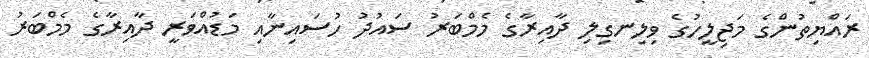
ރައްޔިތުންގެ މަޖިލީހުގެ ވިލިނގިލި ދާއިރާގެ މެމްބަރު ސައުދު ހުސައިނާއި މަޑުއްވަރީ ދާއިރާގެ މެމްބަރު